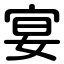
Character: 宴